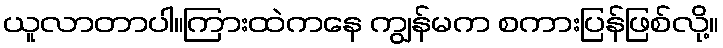
ယူလာတာပါ။ကြားထဲကနေ ကျွန်မက စကားပြန်ဖြစ်လို့။